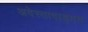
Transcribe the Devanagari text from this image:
अवेस्तावाड्मय